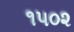
૧૫૦૨